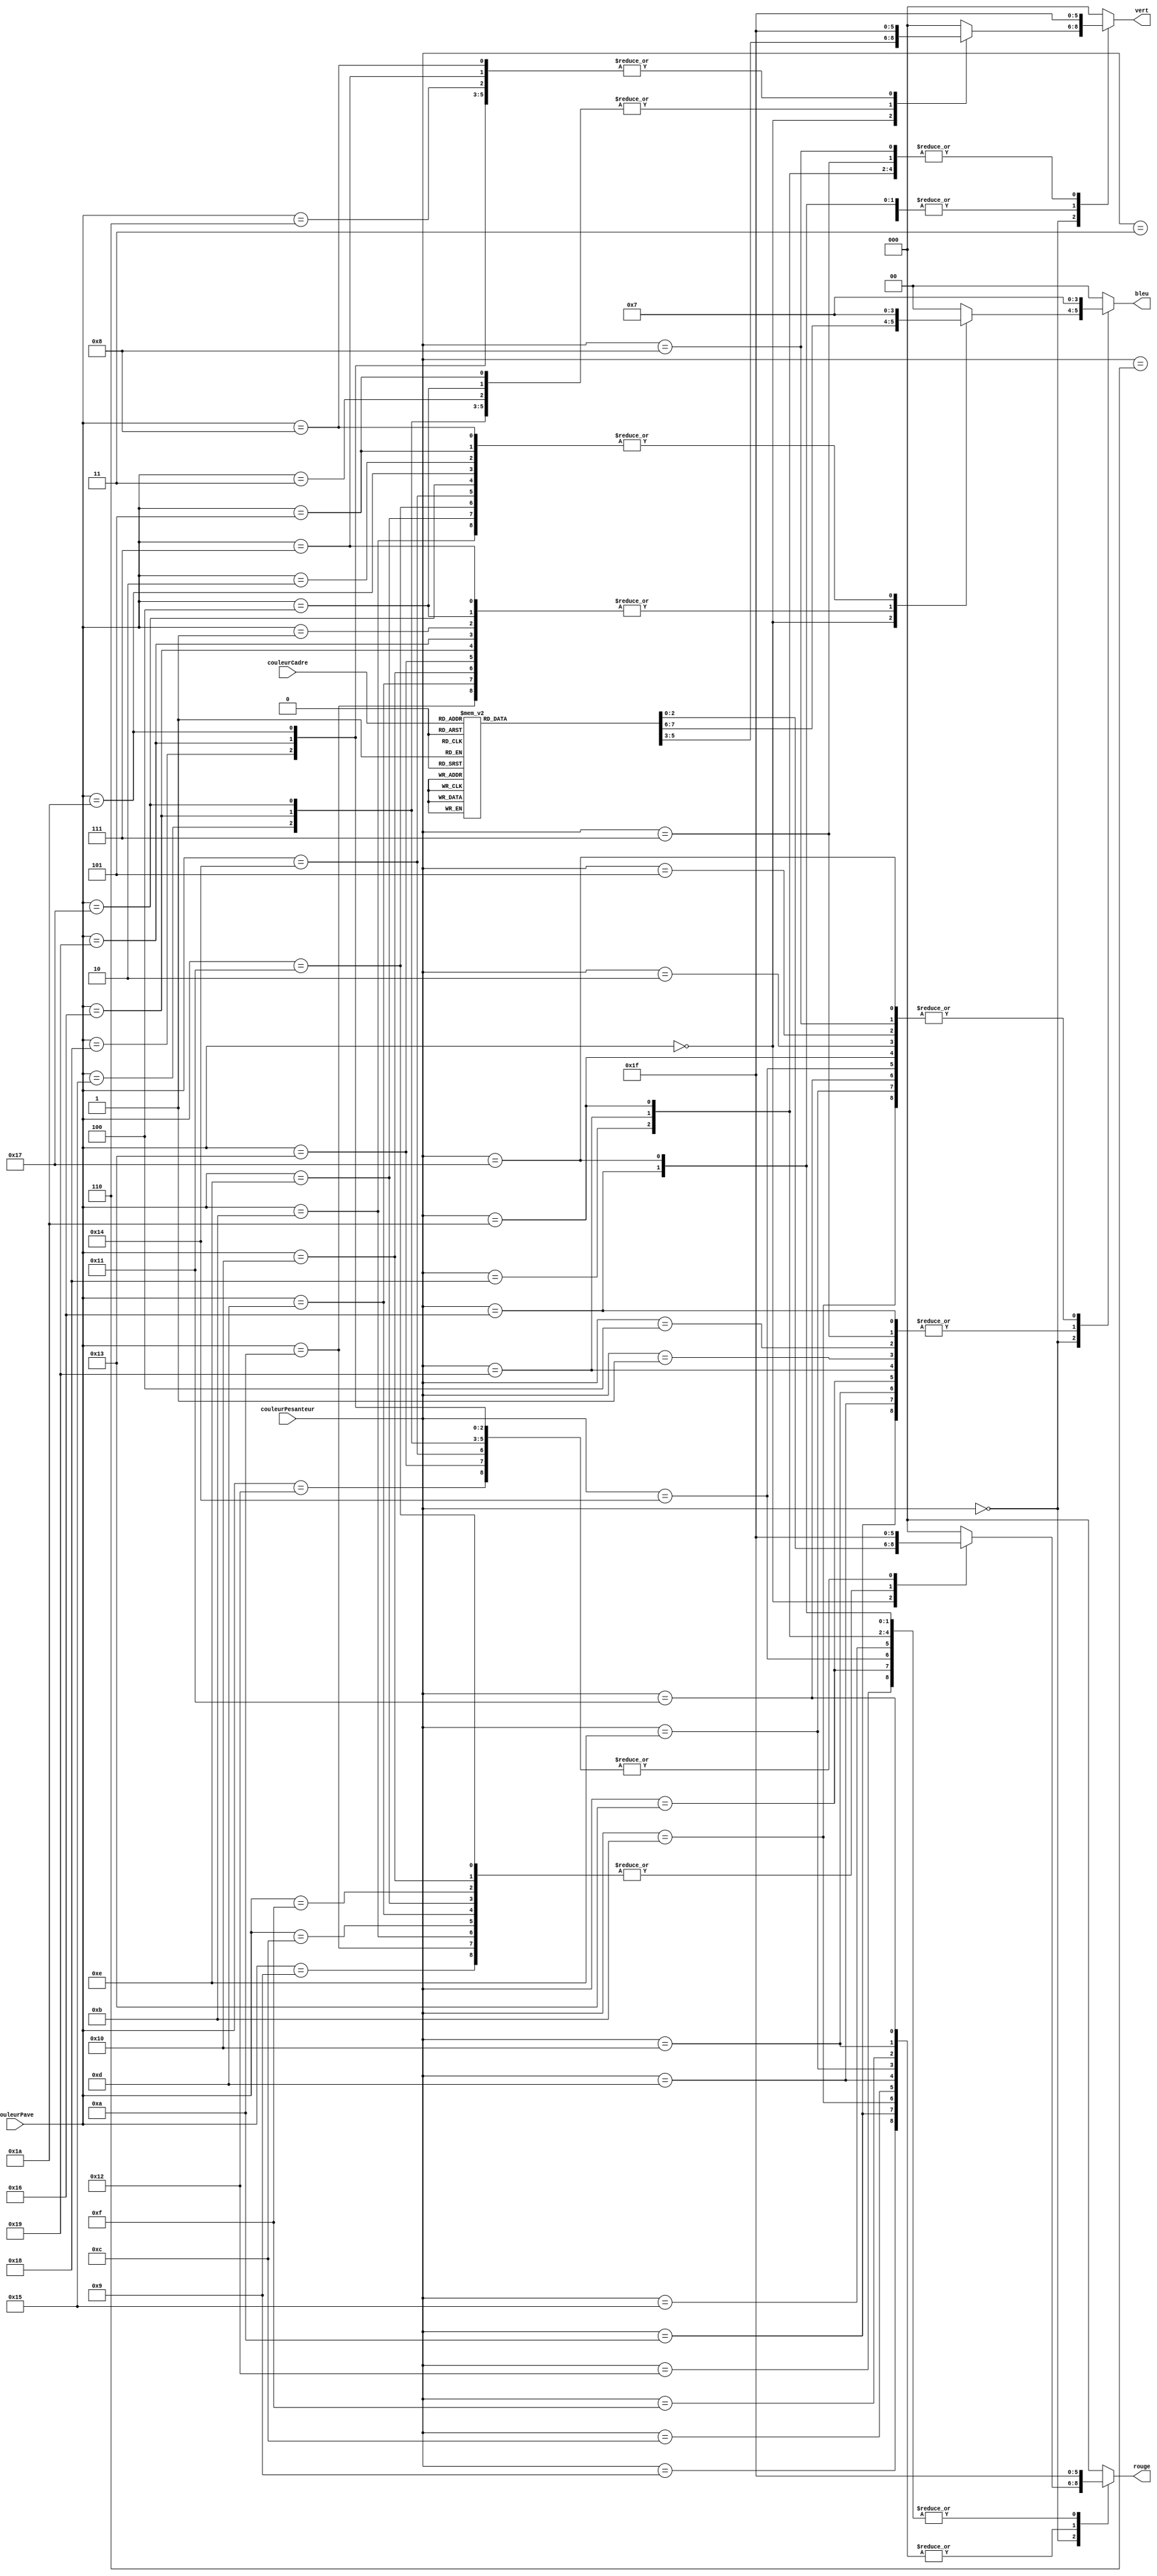
`timescale 1ns / 1ps
//////////////////////////////////////////////////////////////////////////////////
// Company: 
// Engineer: 
// 
// Design Name: 
// Module Name:    rgb 
// Project Name: 
// Target Devices: 
// Tool versions: 
// Description: 
//
// Dependencies: 
//
// Revision: 
// Revision 0.01 - File Created
// Additional Comments: 
//
//////////////////////////////////////////////////////////////////////////////////
module rgb(
    input [4:0] couleurPave,
    input [4:0] couleurCadre,
    input [4:0] couleurPesanteur,
    output [2:0] rouge,
    output [2:0] vert,
    output [1:0] bleu
    );
	 
	 //Brique pave(.Couleur(couleurPave);
	 //Cadre bord(.couleur(couleurCadre);
	 //Brique tetris(.Couleur(couleurPesanteur);
	 
	 reg[2:0] regRouge;
	 reg[2:0] regVert;
	 reg[1:0] regBleu;
	 
	 always @(couleurPave or couleurCadre or couleurPesanteur) begin
			case (couleurPesanteur)
				5'b00000 : begin
					case (couleurPave)
						5'b00000 : begin
							case (couleurCadre)
								5'b00001 : begin
									regRouge <= 3'b000;
									regVert <= 3'b000;
									regBleu <= 2'b01;
									end
								5'b00010 : begin
									regRouge <= 3'b000;
									regVert <= 3'b000;
									regBleu <= 2'b11;
									end
								5'b00011 : begin
									regRouge <= 3'b000;
									regVert <= 3'b011;
									regBleu <= 2'b00;
									end
								5'b00100 : begin
									regRouge <= 3'b000;
									regVert <= 3'b011;
									regBleu <= 2'b01;
									end
								5'b00101 : begin
									regRouge <= 3'b000;
									regVert <= 3'b011;
									regBleu <= 2'b11;
									end
								5'b00110 : begin
									regRouge <= 3'b000;
									regVert <= 3'b111;
									regBleu <= 2'b00;
									end
								5'b00111 : begin
									regRouge <= 3'b000;
									regVert <= 3'b111;
									regBleu <= 2'b01;
									end
								5'b01000 : begin
									regRouge <= 3'b000;
									regVert <= 3'b111;
									regBleu <= 2'b11;
									end
								5'b01001 : begin
									regRouge <= 3'b011;
									regVert <= 3'b000;
									regBleu <= 2'b00;
									end
								5'b01010 : begin
									regRouge <= 3'b011;
									regVert <= 3'b000;
									regBleu <= 2'b01;
									end
								5'b01011 : begin
									regRouge <= 3'b011;
									regVert <= 3'b000;
									regBleu <= 2'b11;
									end
								5'b01100 : begin
									regRouge <= 3'b011;
									regVert <= 3'b011;
									regBleu <= 2'b00;
									end
								5'b01101 : begin
									regRouge <= 3'b011;
									regVert <= 3'b011;
									regBleu <= 2'b01;
									end
								5'b01110 : begin
									regRouge <= 3'b011;
									regVert <= 3'b011;
									regBleu <= 2'b11;
									end
								5'b01111 : begin
									regRouge <= 3'b011;
									regVert <= 3'b111;
									regBleu <= 2'b00;
									end
								5'b10000 : begin
									regRouge <= 3'b011;
									regVert <= 3'b111;
									regBleu <= 2'b01;
									end
								5'b10001 : begin
									regRouge <= 3'b011;
									regVert <= 3'b111;
									regBleu <= 2'b11;
									end
								5'b10010 : begin
									regRouge <= 3'b111;
									regVert <= 3'b000;
									regBleu <= 2'b00;
									end
								5'b10011 : begin
									regRouge <= 3'b111;
									regVert <= 3'b000;
									regBleu <= 2'b01;
									end
								5'b10100 : begin
									regRouge <= 3'b111;
									regVert <= 3'b000;
									regBleu <= 2'b11;
									end
								5'b10101 : begin
									regRouge <= 3'b111;
									regVert <= 3'b011;
									regBleu <= 2'b00;
									end
								5'b10110 : begin
									regRouge <= 3'b111;
									regVert <= 3'b011;
									regBleu <= 2'b01;
									end
								5'b10111 : begin
									regRouge <= 3'b111;
									regVert <= 3'b011;
									regBleu <= 2'b11;
									end
								5'b11000 : begin
									regRouge <= 3'b111;
									regVert <= 3'b111;
									regBleu <= 2'b00;
									end
								5'b11001 : begin
									regRouge <= 3'b111;
									regVert <= 3'b111;
									regBleu <= 2'b01;
									end
								5'b11010 : begin
									regRouge <= 3'b111;
									regVert <= 3'b111;
									regBleu <= 2'b11;
									end
								default : begin
									regRouge <= 3'b000;
									regVert <= 3'b000;
									regBleu <= 2'b00;
									end
							endcase
						end
						5'b00001 : begin
							regRouge <= 3'b000;
							regVert <= 3'b000;
							regBleu <= 2'b01;
							end
						5'b00010 : begin
							regRouge <= 3'b000;
							regVert <= 3'b000;
							regBleu <= 2'b11;
							end
						5'b00011 : begin
							regRouge <= 3'b000;
							regVert <= 3'b011;
							regBleu <= 2'b00;
							end
						5'b00100 : begin
							regRouge <= 3'b000;
							regVert <= 3'b011;
							regBleu <= 2'b01;
							end
						5'b00101 : begin
							regRouge <= 3'b000;
							regVert <= 3'b011;
							regBleu <= 2'b11;
							end
						5'b00110 : begin
							regRouge <= 3'b000;
							regVert <= 3'b111;
							regBleu <= 2'b00;
							end
						5'b00111 : begin
							regRouge <= 3'b000;
							regVert <= 3'b111;
							regBleu <= 2'b01;
							end
						5'b01000 : begin
							regRouge <= 3'b000;
							regVert <= 3'b111;
							regBleu <= 2'b11;
							end
						5'b01001 : begin
							regRouge <= 3'b011;
							regVert <= 3'b000;
							regBleu <= 2'b00;
							end
						5'b01010 : begin
							regRouge <= 3'b011;
							regVert <= 3'b000;
							regBleu <= 2'b01;
							end
						5'b01011 : begin
							regRouge <= 3'b011;
							regVert <= 3'b000;
							regBleu <= 2'b11;
							end
						5'b01100 : begin
							regRouge <= 3'b011;
							regVert <= 3'b011;
							regBleu <= 2'b00;
							end
						5'b01101 : begin
							regRouge <= 3'b011;
							regVert <= 3'b011;
							regBleu <= 2'b01;
							end
						5'b01110 : begin
							regRouge <= 3'b011;
							regVert <= 3'b011;
							regBleu <= 2'b11;
							end
						5'b01111 : begin
							regRouge <= 3'b011;
							regVert <= 3'b111;
							regBleu <= 2'b00;
							end
						5'b10000 : begin
							regRouge <= 3'b011;
							regVert <= 3'b111;
							regBleu <= 2'b01;
							end
						5'b10001 : begin
							regRouge <= 3'b011;
							regVert <= 3'b111;
							regBleu <= 2'b11;
							end
						5'b10010 : begin
							regRouge <= 3'b111;
							regVert <= 3'b000;
							regBleu <= 2'b00;
							end
						5'b10011 : begin
							regRouge <= 3'b111;
							regVert <= 3'b000;
							regBleu <= 2'b01;
							end
						5'b10100 : begin
							regRouge <= 3'b111;
							regVert <= 3'b000;
							regBleu <= 2'b11;
							end
						5'b10101 : begin
							regRouge <= 3'b111;
							regVert <= 3'b011;
							regBleu <= 2'b00;
							end
						5'b10110 : begin
							regRouge <= 3'b111;
							regVert <= 3'b011;
							regBleu <= 2'b01;
							end
						5'b10111 : begin
							regRouge <= 3'b111;
							regVert <= 3'b011;
							regBleu <= 2'b11;
							end
						5'b11000 : begin
							regRouge <= 3'b111;
							regVert <= 3'b111;
							regBleu <= 2'b00;
							end
						5'b11001 : begin
							regRouge <= 3'b111;
							regVert <= 3'b111;
							regBleu <= 2'b01;
							end
						5'b11010 : begin
							regRouge <= 3'b111;
							regVert <= 3'b111;
							regBleu <= 2'b11;
							end
						default : begin
							regRouge <= 3'b000;
							regVert <= 3'b000;
							regBleu <= 2'b00;
							end
					endcase
				end
				5'b00001 : begin
					regRouge <= 3'b000;
					regVert <= 3'b000;
					regBleu <= 2'b01;
					end
				5'b00010 : begin
					regRouge <= 3'b000;
					regVert <= 3'b000;
					regBleu <= 2'b11;
					end
				5'b00011 : begin
					regRouge <= 3'b000;
					regVert <= 3'b011;
					regBleu <= 2'b00;
					end
				5'b00100 : begin
					regRouge <= 3'b000;
					regVert <= 3'b011;
					regBleu <= 2'b01;
					end
				5'b00101 : begin
					regRouge <= 3'b000;
					regVert <= 3'b011;
					regBleu <= 2'b11;
					end
				5'b00110 : begin
					regRouge <= 3'b000;
					regVert <= 3'b111;
					regBleu <= 2'b00;
					end
				5'b00111 : begin
					regRouge <= 3'b000;
					regVert <= 3'b111;
					regBleu <= 2'b01;
					end
				5'b01000 : begin
					regRouge <= 3'b000;
					regVert <= 3'b111;
					regBleu <= 2'b11;
					end
				5'b01001 : begin
					regRouge <= 3'b011;
					regVert <= 3'b000;
					regBleu <= 2'b00;
					end
				5'b01010 : begin
					regRouge <= 3'b011;
					regVert <= 3'b000;
					regBleu <= 2'b01;
					end
				5'b01011 : begin
					regRouge <= 3'b011;
					regVert <= 3'b000;
					regBleu <= 2'b11;
					end
				5'b01100 : begin
					regRouge <= 3'b011;
					regVert <= 3'b011;
					regBleu <= 2'b00;
					end
				5'b01101 : begin
					regRouge <= 3'b011;
					regVert <= 3'b011;
					regBleu <= 2'b01;
					end
				5'b01110 : begin
					regRouge <= 3'b011;
					regVert <= 3'b011;
					regBleu <= 2'b11;
					end
				5'b01111 : begin
					regRouge <= 3'b011;
					regVert <= 3'b111;
					regBleu <= 2'b00;
					end
				5'b10000 : begin
					regRouge <= 3'b011;
					regVert <= 3'b111;
					regBleu <= 2'b01;
					end
				5'b10001 : begin
					regRouge <= 3'b011;
					regVert <= 3'b111;
					regBleu <= 2'b11;
					end
				5'b10010 : begin
					regRouge <= 3'b111;
					regVert <= 3'b000;
					regBleu <= 2'b00;
					end
				5'b10011 : begin
					regRouge <= 3'b111;
					regVert <= 3'b000;
					regBleu <= 2'b01;
					end
				5'b10100 : begin
					regRouge <= 3'b111;
					regVert <= 3'b000;
					regBleu <= 2'b11;
					end
				5'b10101 : begin
					regRouge <= 3'b111;
					regVert <= 3'b011;
					regBleu <= 2'b00;
					end
				5'b10110 : begin
					regRouge <= 3'b111;
					regVert <= 3'b011;
					regBleu <= 2'b01;
					end
				5'b10111 : begin
					regRouge <= 3'b111;
					regVert <= 3'b011;
					regBleu <= 2'b11;
					end
				5'b11000 : begin
					regRouge <= 3'b111;
					regVert <= 3'b111;
					regBleu <= 2'b00;
					end
				5'b11001 : begin
					regRouge <= 3'b111;
					regVert <= 3'b111;
					regBleu <= 2'b01;
					end
				5'b11010 : begin
					regRouge <= 3'b111;
					regVert <= 3'b111;
					regBleu <= 2'b11;
					end
				default : begin
					regRouge <= 3'b000;
					regVert <= 3'b000;
					regBleu <= 2'b00;
					end
			endcase
		end
	
	assign rouge = regRouge;
	assign vert = regVert;
	assign bleu = regBleu;
				
	 
	 
endmodule